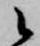
候